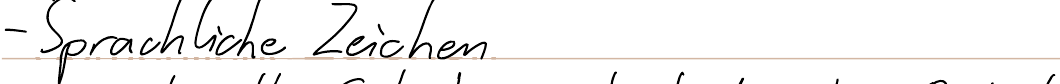
- Sprachliche Zeichen